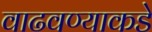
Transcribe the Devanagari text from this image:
वाढवण्याकडे